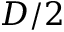
D / 2